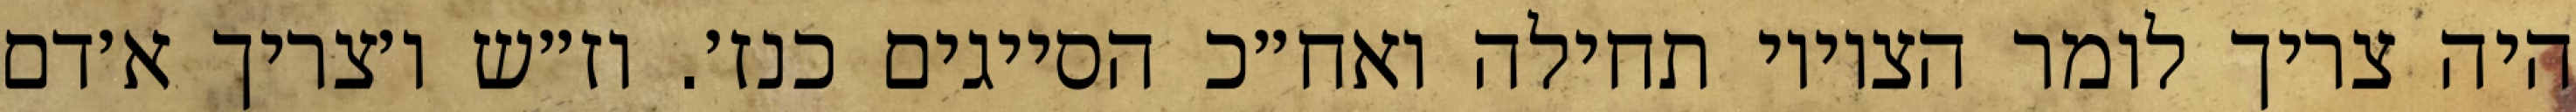
היה צריך לומר הציווי תחילה ואח״כ הסייגים כנז׳. וז״ש ו׳צריך א׳דם